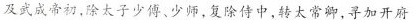
及武成帝初，除太子少傅、少师，复除侍中，转太常卿，寻加开府